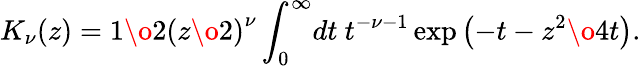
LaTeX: K_{\nu}(z)={1\o 2}\left({z\o 2}\right)^{\nu}\int_{0}^{\infty}\! dt~t^{-\nu-1}\exp\left(-t-{z^{2}\o 4t}\right).